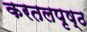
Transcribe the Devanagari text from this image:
करतलपृष्ठ